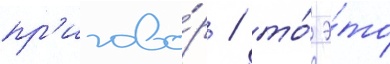
пр'игово́р / то́ э́то